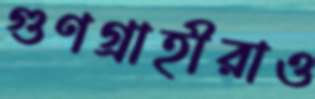
গুণগ্রাহীরাও